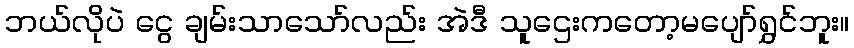
ဘယ်လိုပဲ ငွေ ချမ်းသာသော်လည်း အဲဒီ သူဌေးကတော့မပျော်ရွှင်ဘူး။